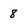
Character: 8